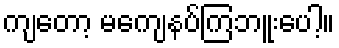
ကျတော့ မကျေနပ်ကြဘူးပေါ့။